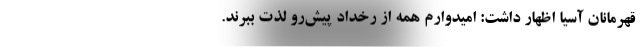
قهرمانان آسیا اظهار داشت: امیدوارم همه از رخداد پیش‌رو لذت ببرند.